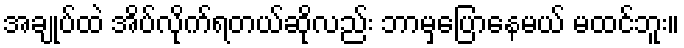
အချုပ်ထဲ အိပ်လိုက်ရတယ်ဆိုလည်း ဘာမှပြောနေမယ် မထင်ဘူး။